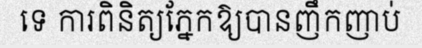
ទេ ការពិនិត្យភ្នែកឱ្យបានញឹកញាប់